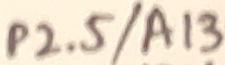
Text: P2.5/A13